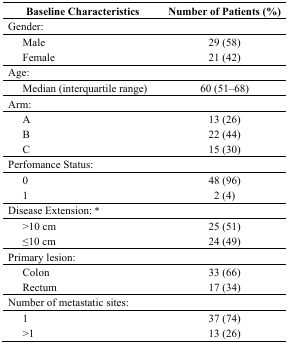
<table><thead><tr><td><b>Baseline Characteristics</b></td><td><b>Number of Patients (%)</b></td></tr></thead><tbody><tr><td>Gender:</td><td></td></tr><tr><td> Male</td><td>29 (58)</td></tr><tr><td> Female</td><td>21 (42)</td></tr><tr><td>Age:</td><td></td></tr><tr><td> Median (interquartile range)</td><td>60 (51–68) </td></tr><tr><td>Arm:</td><td></td></tr><tr><td> A</td><td>13 (26)</td></tr><tr><td> B</td><td>22 (44)</td></tr><tr><td> C</td><td>15 (30)</td></tr><tr><td>Perfomance Status:</td><td></td></tr><tr><td> 0</td><td>48 (96)</td></tr><tr><td> 1</td><td>2 (4)</td></tr><tr><td>Disease Extension: *</td><td></td></tr><tr><td> &gt;10 cm</td><td>25 (51)</td></tr><tr><td> ≤10 cm</td><td>24 (49)</td></tr><tr><td>Primary lesion:</td><td></td></tr><tr><td> Colon</td><td>33 (66)</td></tr><tr><td> Rectum</td><td>17 (34)</td></tr><tr><td>Number of metastatic sites:</td><td></td></tr><tr><td> 1</td><td>37 (74)</td></tr><tr><td> &gt;1</td><td>13 (26)</td></tr></tbody></table>